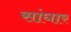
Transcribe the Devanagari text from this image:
सांघार